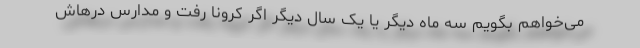
می‌خواهم بگویم سه ماه دیگر یا یک سال دیگر اگر کرونا رفت و مدارس درهاش